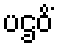
ပဌဝိံ